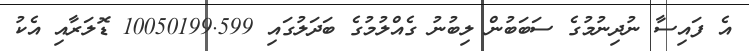
އެ ފައިސާ ނުދިނުމުގެ ސަބަބުން ލިބުނު ގެއްލުމުގެ ބަދަލުގައި 10050199.599 ޑޮލަރާއި އެކު